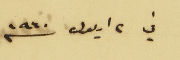
في ٢ ايلول سنه ١٩٤٠